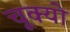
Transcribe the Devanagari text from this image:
चूक्यो